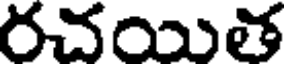
రచయిత